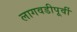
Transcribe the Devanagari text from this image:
लागवडीपूर्वी